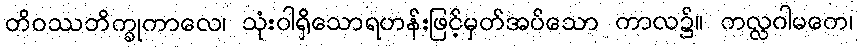
တိဝဿဘိက္ခုကာလေ၊ သုံးဝါရှိသောရဟန်းဖြင့်မှတ်အပ်သော ကာလ၌။ ကလ္လဂါမကေ၊